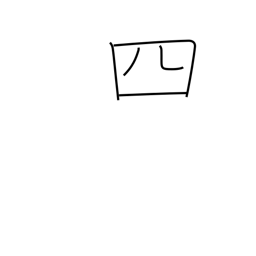
Meaning: four